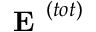
\textbf { E } ^ { ( t o t ) }